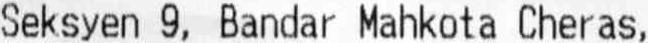
SEKSYEN 9, BANDAR MAHKOTA CHERAS,